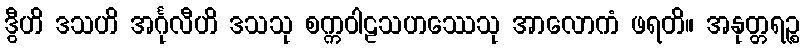
ဒွီဟိ ဒသဟိ အင်္ဂုလီဟိ ဒသသု စက္ကဝါဠသဟဿေသု အာလောကံ ဖရတိ။ အနုတ္တရဉ္စ